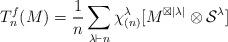
LaTeX: \begin{align*}T_{n}^{f}(M) = \frac{1}{n} \sum_{\lambda \vdash n} \chi_{(n)}^{\lambda} [M^{\boxtimes |\lambda|} \otimes \mathcal{S}^{\lambda}]\end{align*}